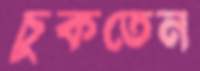
চুকতেন